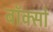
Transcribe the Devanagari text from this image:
बॉक्सो